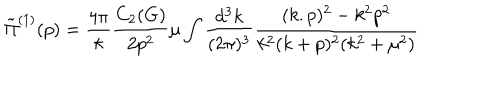
\tilde { \Pi } ^ { ( 1 ) } ( p ) = \frac { 4 \pi } { \kappa } \frac { C _ { 2 } ( G ) } { 2 p ^ { 2 } } \mu \int \frac { d ^ { 3 } k } { ( 2 \pi ) ^ { 3 } } \frac { ( k . p ) ^ { 2 } - k ^ { 2 } p ^ { 2 } } { k ^ { 2 } ( k + p ) ^ { 2 } ( k ^ { 2 } + \mu ^ { 2 } ) }